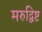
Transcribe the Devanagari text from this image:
मरुद्विष्ट